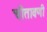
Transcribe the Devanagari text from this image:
चीतावणी